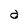
Character: a